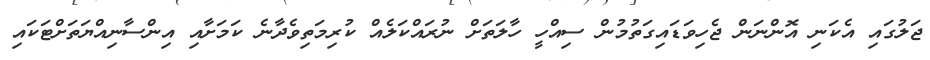
ޖަލުގައި އެކަނި އޮންނަން ޖެހިވަޑައިގަތުމުން ސިއްހީ ހާލަތަށް ނުރައްކަލެއް ކުރިމަތިވެދާނެ ކަމަށާއި އިންސާނިއްޔަތަށްޓަކައި